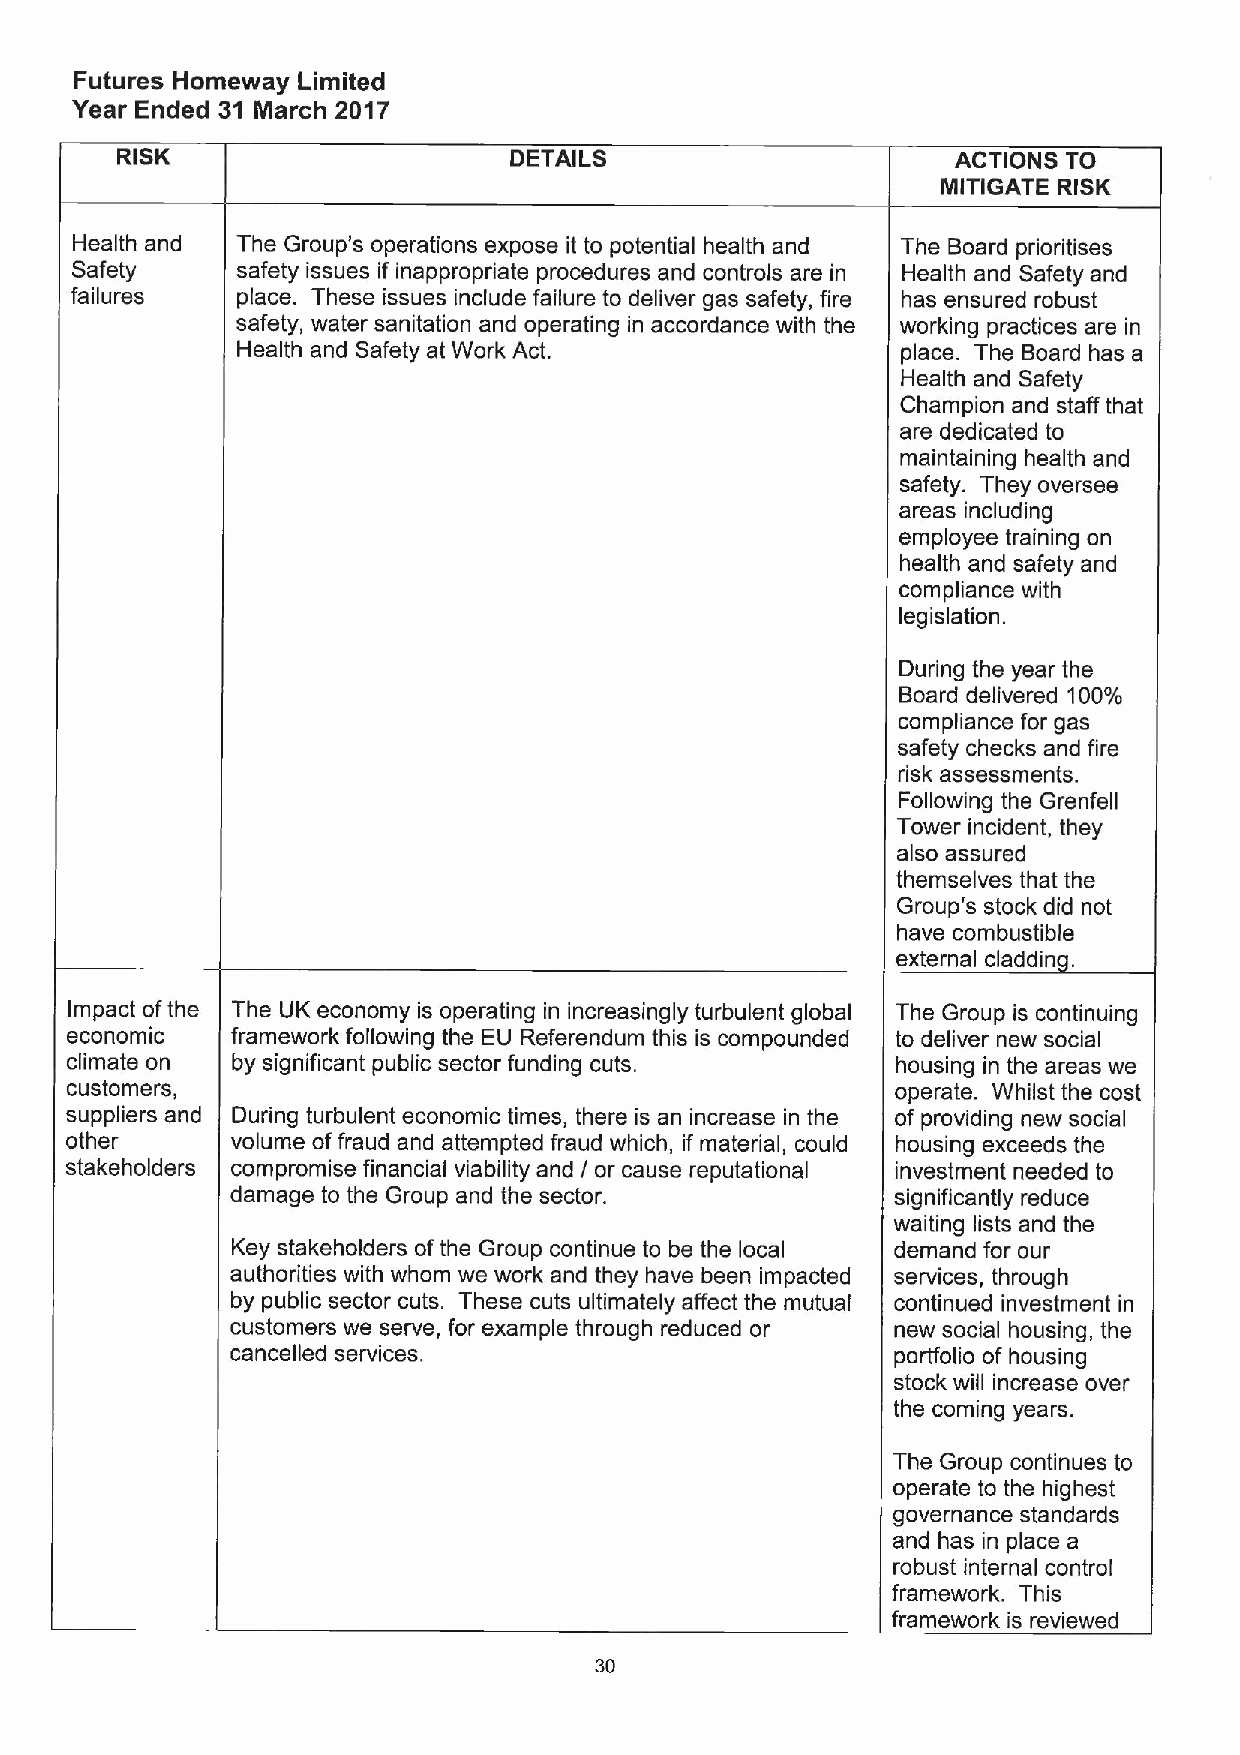
Futures Homeway Limited
 Year Ended 31 March 2017
 RISK                      DETAILS                      ACTIONS TO
 MITIGATE RISK
 Health and The Group's operations expose it to potential health and The Board prioritises
 Safety     safety issues if inappropriate procedures and controls are in Health and Safety and
 failures   place. These issues include failure to deliver gas safety, fire has ensured robust
 safety, water sanitation and operating in accordance with the working practices are in
 Health and Safety at Work Act.              place. The Board has a
 Health and Safety
 Champion and staff that
 are dedicated to
 maintaining health and
 safety. They oversee
 areas including
 employee training on
 health and safety and
 compliance with
 legislation.
 During the year the
 Board delivered 100%
 compliance for gas
 safety checks and fire
 dsk assessments.
 Following the Grenfell
 Tower incident, they
 also assured
 themselves that the
 Group's stock did not
 have combustible
 external claddin .
 Impact ofthe The UK economy is operating in increasingly turbulent global The Group is continuing
 economic   framework following the EU Referendum this is compounded to deliver new social
 climate on by significant public sector funding cuts.  housing in the areas we
 customers,                                             operate. Whilst the cost
 suppliers and During turbulent economic times, there is an increase in the of providing new social
 other      volume offraud and attempted fraud which, if material, could housing exceeds the
 stakeholders compromise financial viability and I or cause reputational investment needed to
 damage to the Group and the sector.         significantly reduce
 waiting lists and the
 Key stakeholders ofthe Group continue to be the local demand for our
 authorities with whom we work and they have been impacted services, through
 by public sector cuts. These cuts ultimately affect the mutual continued investment in
 customers we serve, for example through reduced or new social housing, the
 cancelled services.                         porffolio of housing
 stock will increase over
 the coming years.
 The Group continues to
 operate to the highest
 governance standards
 and has in place a
 robust internal control
 framework. This
 framework is reviewed
 30